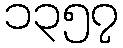
၁၃၅၇